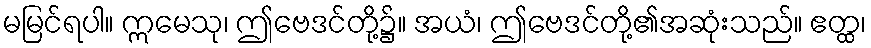
မမြင်ရပါ။ ဣမေသု၊ ဤဗေဒင်တို့၌။ အယံ၊ ဤဗေဒင်တို့၏အဆုံးသည်။ ဧတ္ထ၊